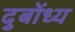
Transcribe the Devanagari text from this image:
दुबोंध्य